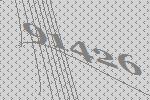
91426